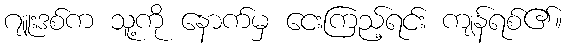
ဂျူးဒစ်က သူ့ကို နောက်မှ ငေးကြည့်ရင်း ကျန်ရစ်၏။